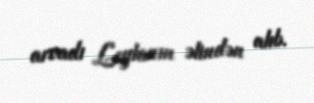
arvadı Leylanın əlindən alıb.